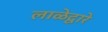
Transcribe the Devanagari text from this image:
लाळेद्वारे